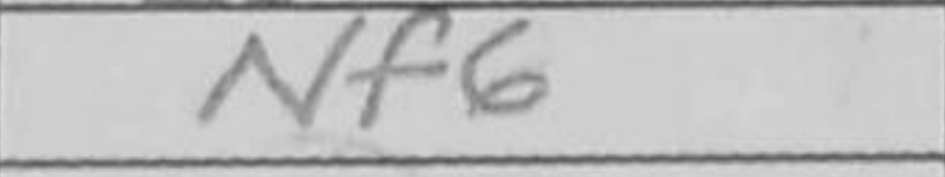
Transcription: Nf6